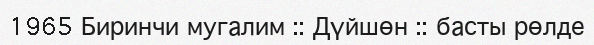
1965 Биринчи мугалим :: Дүйшөн :: басты рөлде